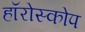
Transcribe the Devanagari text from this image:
हॉरोस्कोप